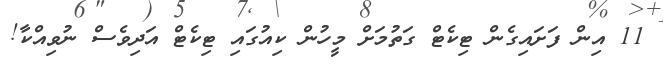
11 އިން ފަށައިގެން ޓިކެޓް ގަތުމަށް މީހުން ކިއުގައި ޓިކެޓް އަދިވެސް ނުވިއްކާ!